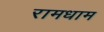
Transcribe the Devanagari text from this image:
रामधाम